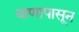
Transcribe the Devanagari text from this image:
बाणापासून